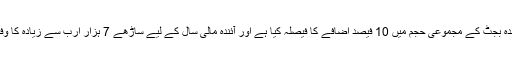
ذرائع نے بتایا کہ وفاقی حکومت نے آئندہ بجٹ کے مجموعی حجم میں 10 فیصد اضافے کا فیصلہ کیا ہے اور آئندہ مالی سال کے لیے ساڑھے 7 ہزار ارب سے زیادہ کا وفاقی بجٹ پیش کیے جانے کا امکان ہے۔